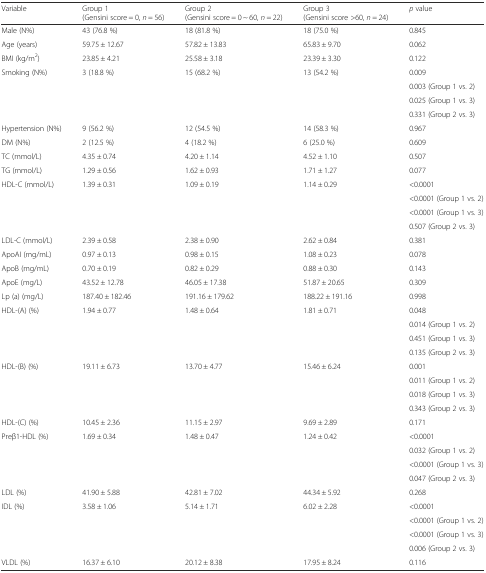
<table><thead><tr><td><b>Variable</b></td><td><b>Group 1 (Gensini score = 0, <i>n</i> = 56)</b></td><td><b>Group 2 (Gensini score = 0 ~ 60, <i>n</i> = 22)</b></td><td><b>Group 3 (Gensini score &gt;60, <i>n</i> = 24)</b></td><td><b><i>p</i> value</b></td></tr></thead><tbody><tr><td>Male (N%)</td><td>43 (76.8 %)</td><td>18 (81.8 %)</td><td>18 (75.0 %)</td><td>0.845</td></tr><tr><td>Age (years)</td><td>59.75 ± 12.67</td><td>57.82 ± 13.83</td><td>65.83 ± 9.70</td><td>0.062</td></tr><tr><td>BMI (kg/m<sup>2</sup>)</td><td>23.85 ± 4.21</td><td>25.58 ± 3.18</td><td>23.39 ± 3.30</td><td>0.122</td></tr><tr><td rowspan="4">Smoking (N%)</td><td rowspan="4">3 (18.8 %)</td><td rowspan="4">15 (68.2 %)</td><td rowspan="4">13 (54.2 %)</td><td>0.009</td></tr><tr><td>0.003 (Group 1 vs. 2)</td></tr><tr><td>0.025 (Group 1 vs. 3)</td></tr><tr><td>0.331 (Group 2 vs. 3)</td></tr><tr><td>Hypertension (N%)</td><td>9 (56.2 %)</td><td>12 (54.5 %)</td><td>14 (58.3 %)</td><td>0.967</td></tr><tr><td>DM (N%)</td><td>2 (12.5 %)</td><td>4 (18.2 %)</td><td>6 (25.0 %)</td><td>0.609</td></tr><tr><td>TC (mmol/L)</td><td>4.35 ± 0.74</td><td>4.20 ± 1.14</td><td>4.52 ± 1.10</td><td>0.507</td></tr><tr><td>TG (mmol/L)</td><td>1.29 ± 0.56</td><td>1.62 ± 0.93</td><td>1.71 ± 1.27</td><td>0.077</td></tr><tr><td rowspan="4">HDL-C (mmol/L)</td><td rowspan="4">1.39 ± 0.31</td><td rowspan="4">1.09 ± 0.19</td><td rowspan="4">1.14 ± 0.29</td><td>&lt;0.0001</td></tr><tr><td>&lt;0.0001 (Group 1 vs. 2)</td></tr><tr><td>&lt;0.0001 (Group 1 vs. 3)</td></tr><tr><td>0.507 (Group 2 vs. 3)</td></tr><tr><td>LDL-C (mmol/L)</td><td>2.39 ± 0.58</td><td>2.38 ± 0.90</td><td>2.62 ± 0.84</td><td>0.381</td></tr><tr><td>ApoAI (mg/mL)</td><td>0.97 ± 0.13</td><td>0.98 ± 0.15</td><td>1.08 ± 0.23</td><td>0.078</td></tr><tr><td>ApoB (mg/mL)</td><td>0.70 ± 0.19</td><td>0.82 ± 0.29</td><td>0.88 ± 0.30</td><td>0.143</td></tr><tr><td>ApoE (mg/L)</td><td>43.52 ± 12.78</td><td>46.05 ± 17.38</td><td>51.87 ± 20.65</td><td>0.309</td></tr><tr><td>Lp (a) (mg/L)</td><td>187.40 ± 182.46</td><td>191.16 ± 179.62</td><td>188.22 ± 191.16</td><td>0.998</td></tr><tr><td rowspan="4">HDL-(A) (%)</td><td rowspan="4">1.94 ± 0.77</td><td rowspan="4">1.48 ± 0.64</td><td rowspan="4">1.81 ± 0.71</td><td>0.048</td></tr><tr><td>0.014 (Group 1 vs. 2)</td></tr><tr><td>0.451 (Group 1 vs. 3)</td></tr><tr><td>0.135 (Group 2 vs. 3)</td></tr><tr><td rowspan="4">HDL-(B) (%)</td><td rowspan="4">19.11 ± 6.73</td><td rowspan="4">13.70 ± 4.77</td><td rowspan="4">15.46 ± 6.24</td><td>0.001</td></tr><tr><td>0.011 (Group 1 vs. 2)</td></tr><tr><td>0.018 (Group 1 vs. 3)</td></tr><tr><td>0.343 (Group 2 vs. 3)</td></tr><tr><td>HDL-(C) (%)</td><td>10.45 ± 2.36</td><td>11.15 ± 2.97</td><td>9.69 ± 2.89</td><td>0.171</td></tr><tr><td rowspan="4">Preβ1-HDL (%)</td><td rowspan="4">1.69 ± 0.34</td><td rowspan="4">1.48 ± 0.47</td><td rowspan="4">1.24 ± 0.42</td><td>&lt;0.0001</td></tr><tr><td>0.032 (Group 1 vs. 2)</td></tr><tr><td>&lt;0.0001 (Group 1 vs. 3)</td></tr><tr><td>0.047 (Group 2 vs. 3)</td></tr><tr><td>LDL (%)</td><td>41.90 ± 5.88</td><td>42.81 ± 7.02</td><td>44.34 ± 5.92</td><td>0.268</td></tr><tr><td rowspan="4">IDL (%)</td><td rowspan="4">3.58 ± 1.06</td><td rowspan="4">5.14 ± 1.71</td><td rowspan="4">6.02 ± 2.28</td><td>&lt;0.0001</td></tr><tr><td>&lt;0.0001 (Group 1 vs. 2)</td></tr><tr><td>&lt;0.0001 (Group 1 vs. 3)</td></tr><tr><td>0.006 (Group 2 vs. 3)</td></tr><tr><td>VLDL (%)</td><td>16.37 ± 6.10</td><td>20.12 ± 8.38</td><td>17.95 ± 8.24</td><td>0.116</td></tr></tbody></table>